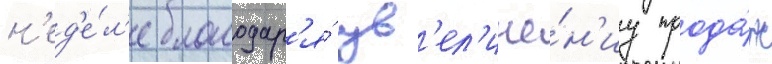
н'ед'е́л'е благодар'я́ ув'ел'иче́н'иу прода́ж